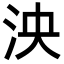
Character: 泱